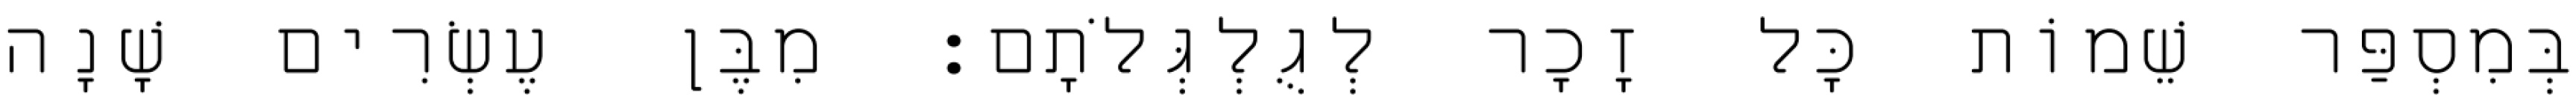
בְּמִסְפַּר שֵׁמוֹת כָּל זָכָר לְגֻלְגְּלֹתָם׃ מִבֶּן עֶשְׂרִים שָׁנָה